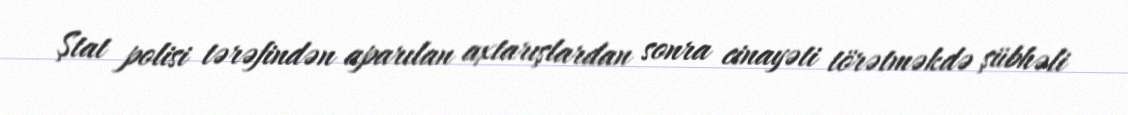
Ştat polisi tərəfindən aparılan axtarışlardan sonra cinayəti törətməkdə şübhəli